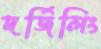
দর্জিলিং